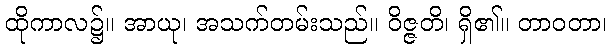
ထိုကာလ၌။ အာယု၊ အသက်တမ်းသည်။ ဝိဇ္ဇတိ၊ ရှိ၏။ တာဝတာ၊